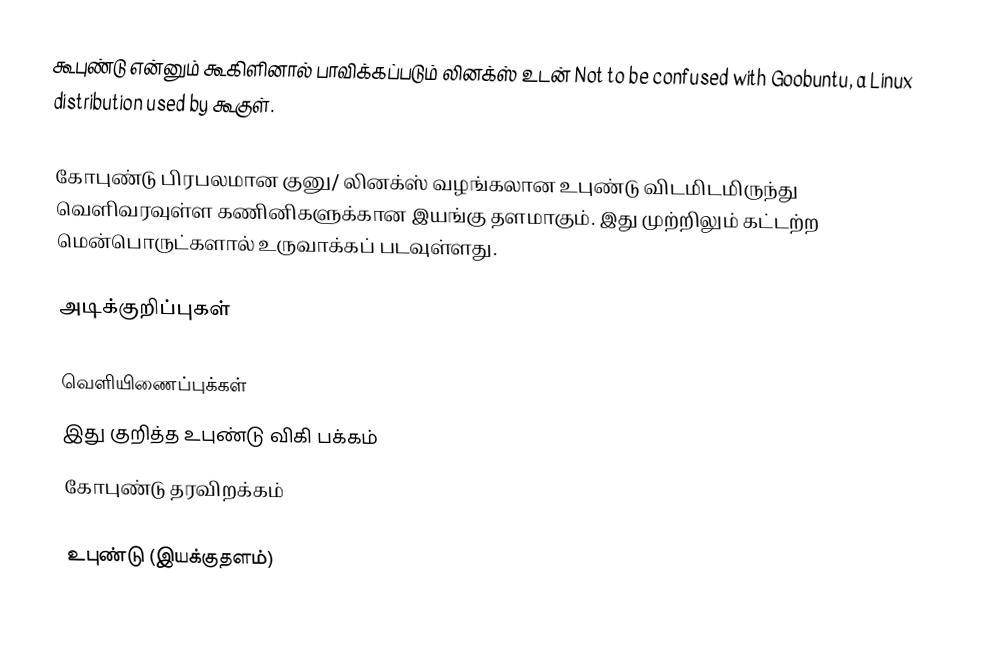
கூபுண்டு என்னும் கூகிளினால் பாவிக்கப்படும் லினக்ஸ் உடன் Not to be confused with Goobuntu, a Linux distribution used by கூகுள்.

கோபுண்டு பிரபலமான குனு/ லினக்ஸ்  வழங்கலான உபுண்டு விடமிடமிருந்து வெளிவரவுள்ள கணினிகளுக்கான இயங்கு தளமாகும். இது முற்றிலும் கட்டற்ற  மென்பொருட்களால்  உருவாக்கப் படவுள்ளது.

அடிக்குறிப்புகள்

வெளியிணைப்புக்கள்
இது குறித்த உபுண்டு விகி பக்கம்
கோபுண்டு தரவிறக்கம்

உபுண்டு (இயக்குதளம்)